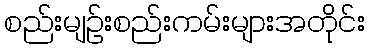
စည်းမျဉ်းစည်းကမ်းများအတိုင်း